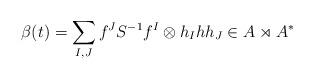
LaTeX: \begin{align*}\beta(t) = \sum_{I,J} f^J S^{-1} f^I \otimes h_I h h_J \in A\rtimes A^\ast\end{align*}